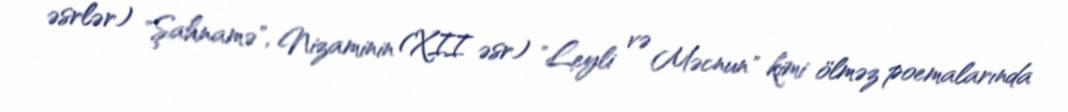
əsrlər) "Şahnamə", Nizaminin (XII əsr) "Leyli və Məcnun" kimi ölməz poemalarında